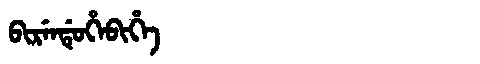
Manchu: ᠪᡳᡵᡝᠨᡩᡠᡥᡝᠪᡳᡥᡝ
Romanization: BIRENDUHEBIHE